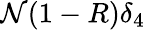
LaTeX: \mathcal{N}(1-R)\delta_{4}